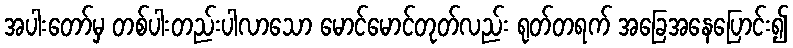
အပါးတော်မှ တစ်ပါးတည်းပါလာသော မောင်မောင်တုတ်လည်း ရုတ်တရက် အခြေအနေပြောင်း၍